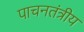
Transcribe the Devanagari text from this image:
पाचनतंत्रीय